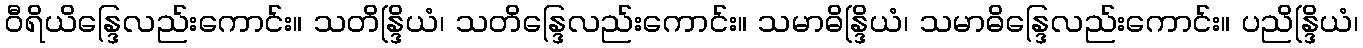
ဝီရိယိန္ဒြေလည်းကောင်း။ သတိန္ဒြိယံ၊ သတိန္ဒြေလည်းကောင်း။ သမာဓိန္ဒြိယံ၊ သမာဓိန္ဒြေလည်းကောင်း။ ပညိန္ဒြိယံ၊